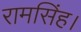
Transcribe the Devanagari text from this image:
रामसिंह।